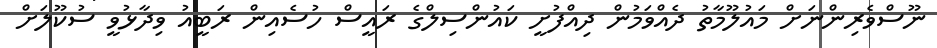
ނޫސްވެރިންނަށް މައުލޫމާތު ދެއްވަމުން ދިއްފުށީ ކައުންސިލްގެ ރައީސް ހުސެއިން ރަބީއު ވިދާޅުވީ ސުކޫލަށް